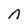
Character: n